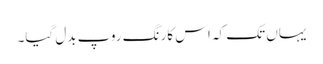
یہاں تک کہ اس کارنگ روپ بدل گیا۔